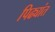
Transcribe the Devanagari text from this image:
पिढ्यांत